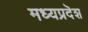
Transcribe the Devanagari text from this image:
मध्यप्रदॆश